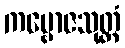
ကမ္ဗောဇသုတ္တံ